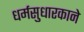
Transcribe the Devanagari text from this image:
धर्मसुधारकाने